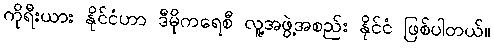
ကိုရီးယား နိုင်ငံဟာ ဒီမိုကရေစီ လူ့အဖွဲ့အစည်း နိုင်ငံ ဖြစ်ပါတယ်။